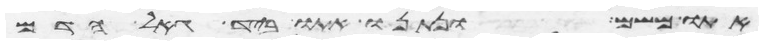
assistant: אתו משם ונתנו אתו ביד גאל הדם